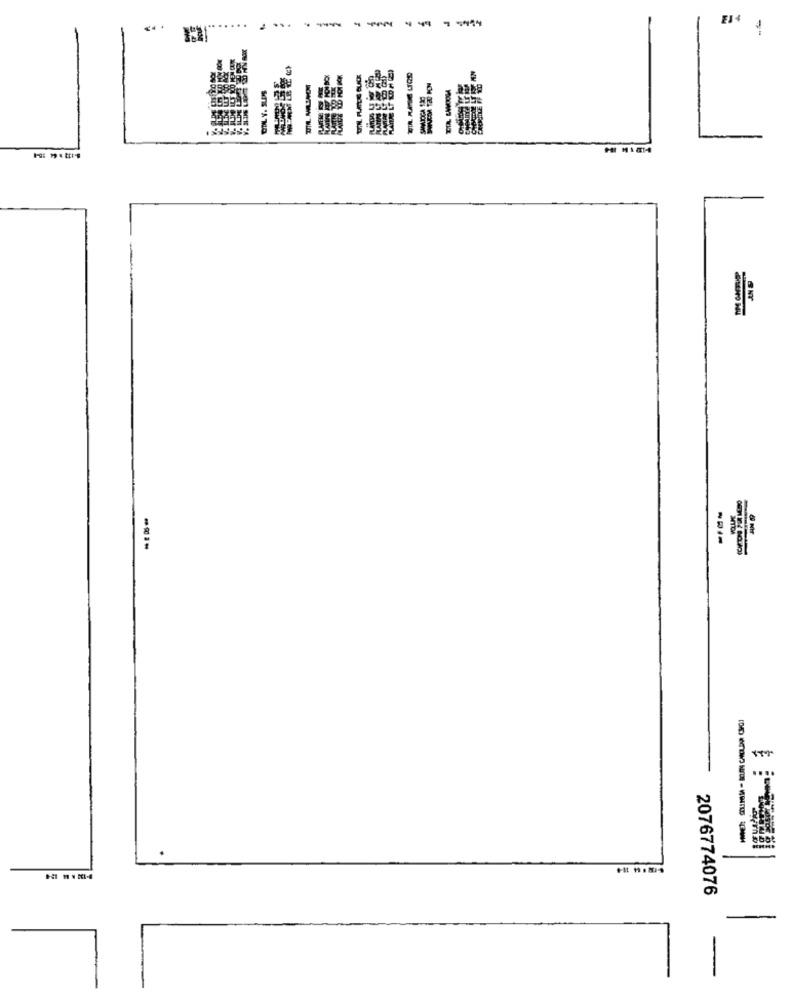
-
--
--
DILL Y. SLORS
8888
.......
2076774076